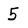
Character: 5